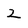
Character: 2